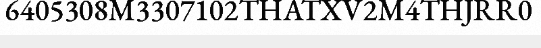
6405308M3307102THATXV2M4THJRR0